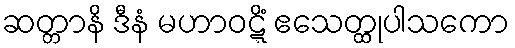
ဆတ္တာနိ ဒီနံ မဟာဝဋ္ဋိံ ဧသေတ္ထုပါသကော